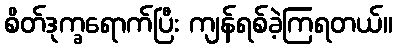
စိတ်ဒုက္ခရောက်ပြီး ကျန်ရစ်ခဲ့ကြရတယ်။